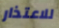
للاعتذار